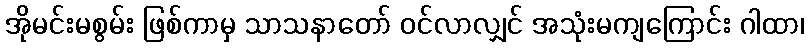
အိုမင်းမစွမ်း ဖြစ်ကာမှ သာသနာတော် ဝင်လာလျှင် အသုံးမကျကြောင်း ဂါထာ၊